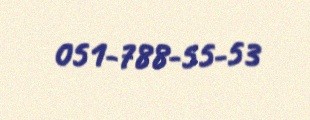
051-788-55-53